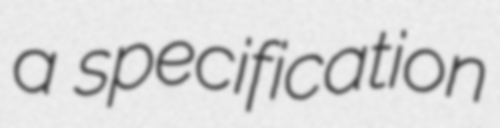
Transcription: a specification